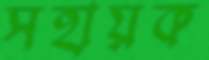
সহায়ক